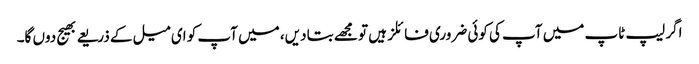
اگر لیپ ٹاپ میں آپ کی کوئی ضروری فائلز ہیں تو مجھے بتا دیں، میں آپ کو ای میل کے ذریعے بھیج دوں گا۔